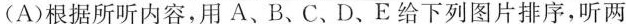
(A)根据所听内容，用A、B、C、D、E给下列图片排序，听两